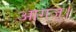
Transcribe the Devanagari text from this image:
आगज्।